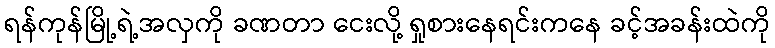
ရန်ကုန်မြို့ရဲ့အလှကို ခဏတာ ငေးလို့ ရှုစားနေရင်းကနေ ခင့်အခန်းထဲကို